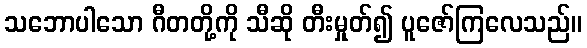
သဘောပါသော ဂီတတို့ကို သီဆို တီးမှုတ်၍ ပူဇော်ကြလေသည်။